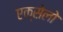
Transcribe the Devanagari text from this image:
एक्सेलो